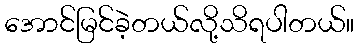
အောင်မြင်ခဲ့တယ်လို့သိရပါတယ်။